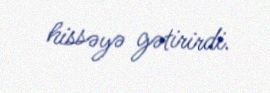
hissəyə gətirirdi.